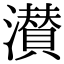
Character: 濽